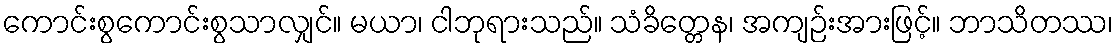
ကောင်းစွကောင်းစွသာလျှင်။ မယာ၊ ငါဘုရားသည်။ သံခိတ္တေန၊ အကျဉ်းအားဖြင့်။ ဘာသိတဿ၊